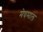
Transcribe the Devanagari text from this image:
मेघमाल